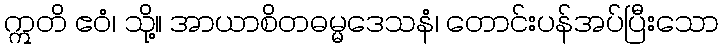
ဣတိ ဧဝံ၊ သို့။ အာယာစိတဓမ္မဒေသနံ၊ တောင်းပန်အပ်ပြီးသော